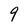
Character: 9